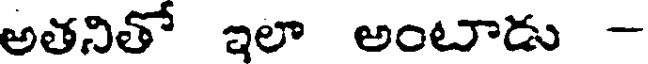
అతనితో ఇలా అంటాడు -